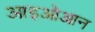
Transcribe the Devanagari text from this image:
आइओआन